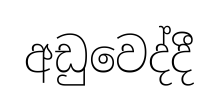
අඩුවෙද්දී